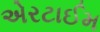
એરટાઈમ